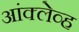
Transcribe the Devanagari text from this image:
आंक्लेव्ह